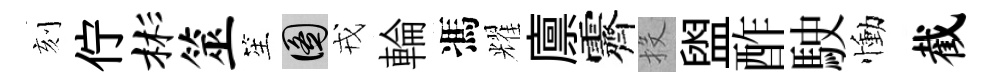
刻佇彬筮笙圖戎輪馮耀廪霽投盥酢駛慟截